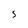
Character: S